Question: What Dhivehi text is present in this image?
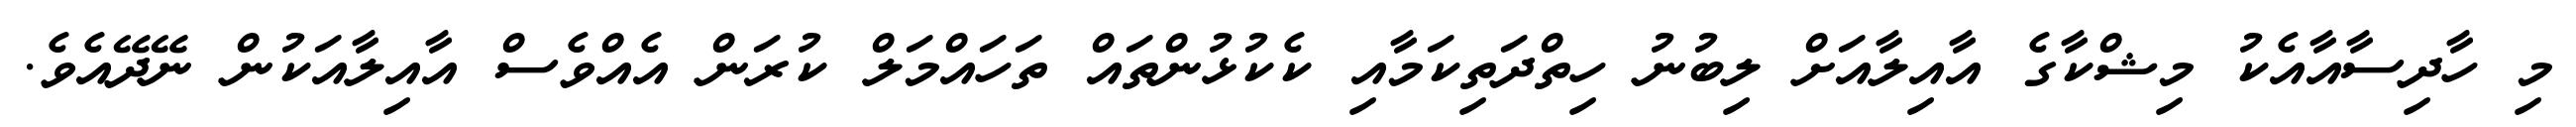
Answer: މި ހާދިސާއާއެކު މިޝްކާގެ އާއިލާއަށް ލިބުނު ހިތްދަތިކަމާއި ކެކުޅުންތައް ތަހައްމަލް ކުރަން އެއްވެސް އާއިލާއަކުން ނޭދޭއެވެ.